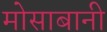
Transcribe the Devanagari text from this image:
मोसाबानी